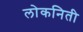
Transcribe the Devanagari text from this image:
लोकनिती